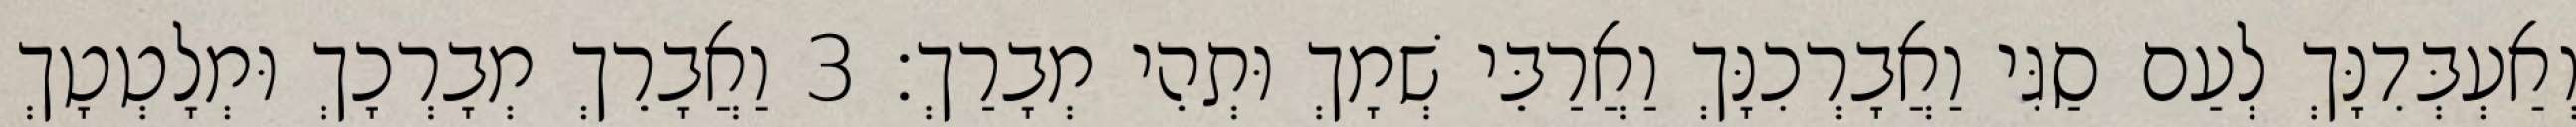
וְאַעְבְּדִנָּךְ לְעַם סַגִּי וַאֲבָרְכִנָּךְ וַאֲרַבֵּי שְׁמָךְ וּתְהֵי מְבָרַךְ׃ 3 וַאֲבָרֵךְ מְבָרְכָךְ וּמְלָטְטָךְ